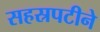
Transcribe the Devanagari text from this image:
सहस्रपटीने